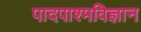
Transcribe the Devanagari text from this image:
पादपाश्मविज्ञान